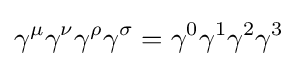
\gamma ^{\mu }\gamma ^{\nu }\gamma ^{\rho }\gamma ^{\sigma }=\gamma ^{0}\gamma ^{1}\gamma ^{2}\gamma ^{3}